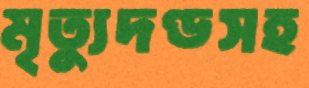
মৃত্যুদণ্ডসহ